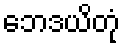
ဘေဒယိတုံ